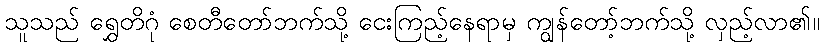
သူသည် ရွှေတိဂုံ စေတီတော်ဘက်သို့ ငေးကြည့်နေရာမှ ကျွန်တော့်ဘက်သို့ လှည့်လာ၏။